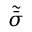
\tilde { \bar { \sigma } }